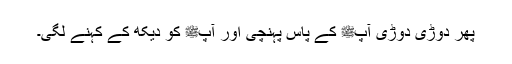
پھر دوڑی دوڑی آپﷺ کے پاس پہنچی اور آپﷺ کو دیکھ کے کہنے لگی۔